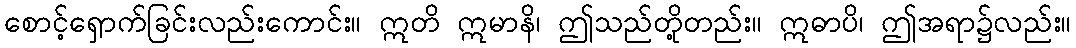
စောင့်ရှောက်ခြင်းလည်းကောင်း။ ဣတိ ဣမာနိ၊ ဤသည်တို့တည်း။ ဣဓာပိ၊ ဤအရာ၌လည်း။